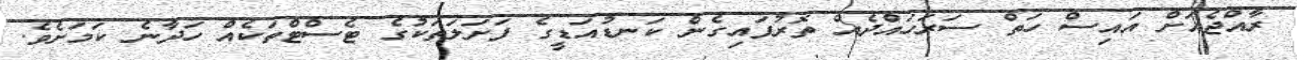
ރާއްޖެއަށް އައިސް ހަތް ސަރަހައްދެއް ތޮރުފައިގެން ކަނޑުއަޑީގެ ފަށަލަތަކުގެ ޓެސްޓްތަކެއް ހަދާނެ ކަމަށެވެ.